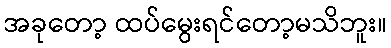
အခုတော့ ထပ်မွေးရင်တော့မသိဘူး။